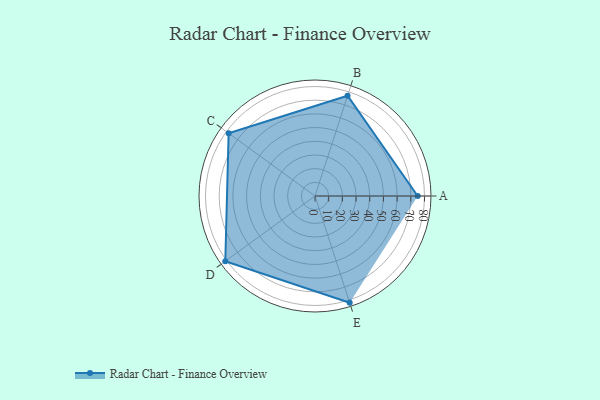
{"axis": {"x": "Skill", "y": "Score"}, "legend": ["Profile"], "data": [{"x": "A", "y": 75.0, "type": "Profile"}, {"x": "B", "y": 77.0, "type": "Profile"}, {"x": "C", "y": 78.0, "type": "Profile"}, {"x": "D", "y": 81.0, "type": "Profile"}, {"x": "E", "y": 82.0, "type": "Profile"}]}